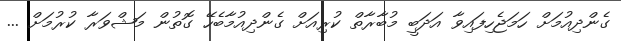
ގެންދިއުމަށް ހަމަޖެހިފައިވާ އަދަބީ މުބާރާތް ކުރިއަށް ގެންދިއުމާބެހޭ ގޮތުން މަޝްވަރާ ކުރުމަށް ...